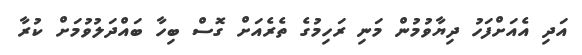
އަދި އެއަށްފަހު ދިޔާވުމުން މަނި ރަހިމުގެ ތެރެއަށް ގޮސް ބިހާ ބައްދަލުވުމަށް ކުރާ